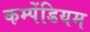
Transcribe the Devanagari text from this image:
कम्पेंडियम